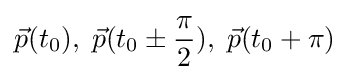
{\vec {p}}(t_{0}),\;{\vec {p}}(t_{0}\pm {\frac {\pi }{2}}),\;{\vec {p}}(t_{0}+\pi )